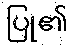
ပြု၏